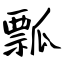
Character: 瓢